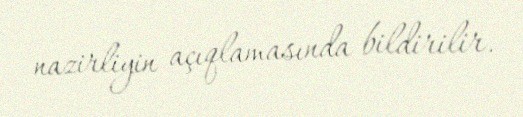
nazirliyin açıqlamasında bildirilir.